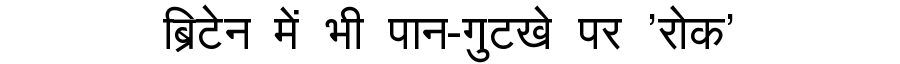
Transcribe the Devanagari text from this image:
ब्रिटेन में भी पान-गुटखे पर 'रोक'